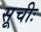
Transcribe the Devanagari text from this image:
सूचीः